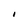
Character: I